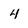
Character: 4